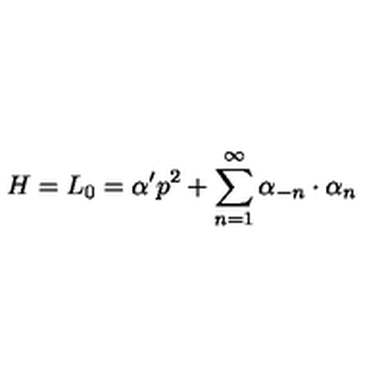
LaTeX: H = L _ { 0 } = \alpha ^ { \prime } p ^ { 2 } + \sum _ { n = 1 } ^ { \infty } \alpha _ { - n } \cdot \alpha _ { n }